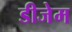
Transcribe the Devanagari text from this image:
डीजेम